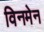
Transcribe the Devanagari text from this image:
विनमेन